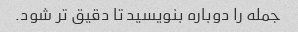
جمله را دوباره بنویسید تا دقیق تر شود.